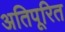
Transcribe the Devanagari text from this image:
अतिपूरित